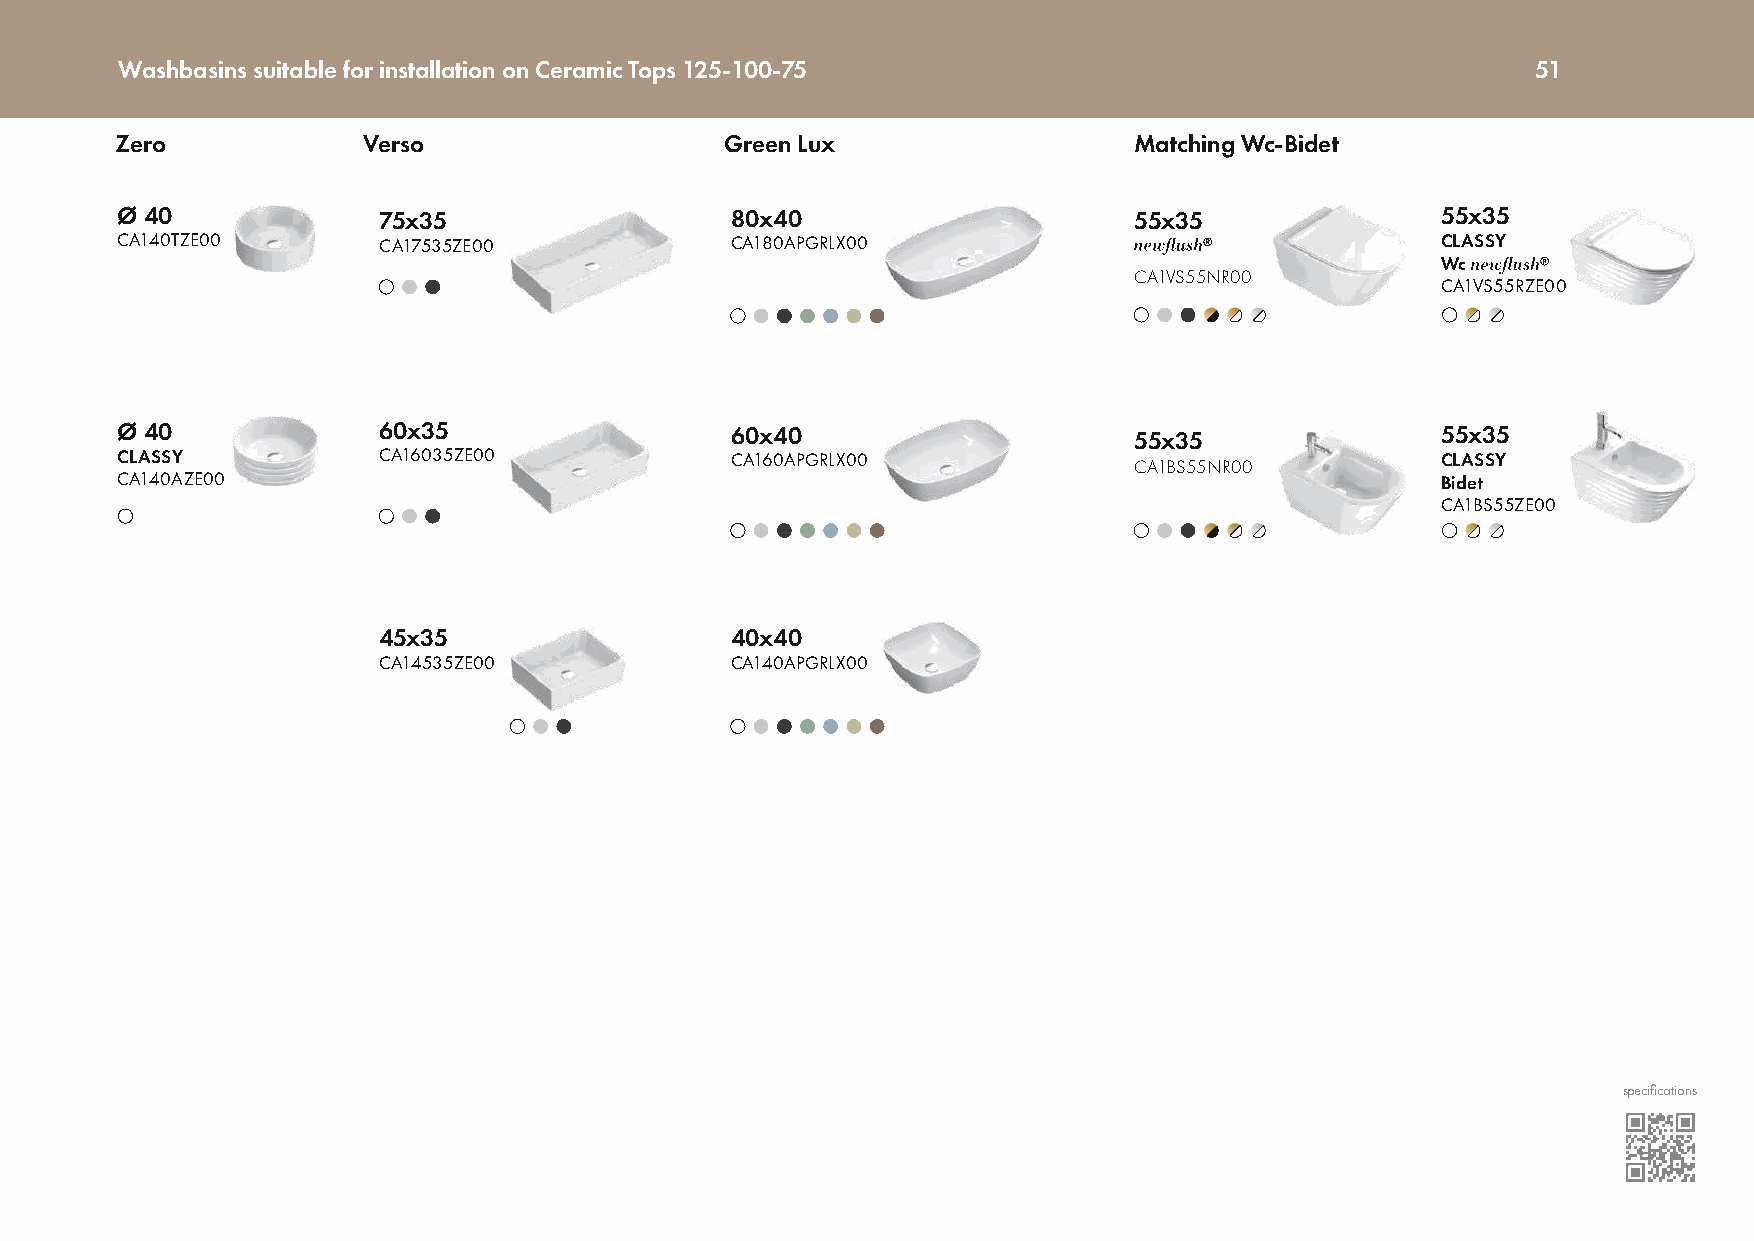
Washbasins suitable for installation on Ceramic Tops 125-100-75                               51
 Zero            Verso                   Green Lux                  Matching Wc-Bidet
 Ø 40             75x35                  80x40                      55x35               55x35
 CA140TZE00       CA17535ZE00            CA180APGRLX00                                  CLASSY
 Wc
 CA1VS55NR00
 CA1VS55RZE00
 Ø 40             60x35                  60x40                      55x35               55x35
 CLASSY           CA16035ZE00            CA160APGRLX00                                  CLASSY
 CA1BS55NR00
 CA140AZE00                                                                             Bidet
 CA1BS55ZE00
 45x35                  40x40
 CA14535ZE00            CA140APGRLX00
 specifications